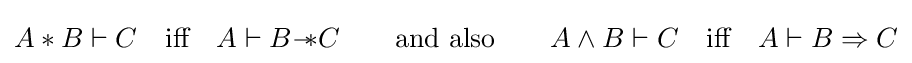
A*B\vdash C\quad {\mbox{iff}}\quad A\vdash B{-\!\!*}C\qquad {\mbox{and also}}\qquad A\wedge B\vdash C\quad {\mbox{iff}}\quad A\vdash B\Rightarrow C